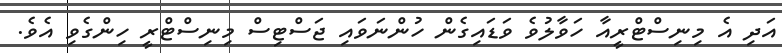
އަދި އެ މިނިސްޓްރީއާ ހަވާލުވެ ވަޑައިގެން ހުންނަވައި ޖަސްޓިސް މިނިސްޓްރީ ހިންގެވި އެވެ.